Code of medical and sanitary regulations for the guidance of medical officers serving in the Madras Presidency - Volume I
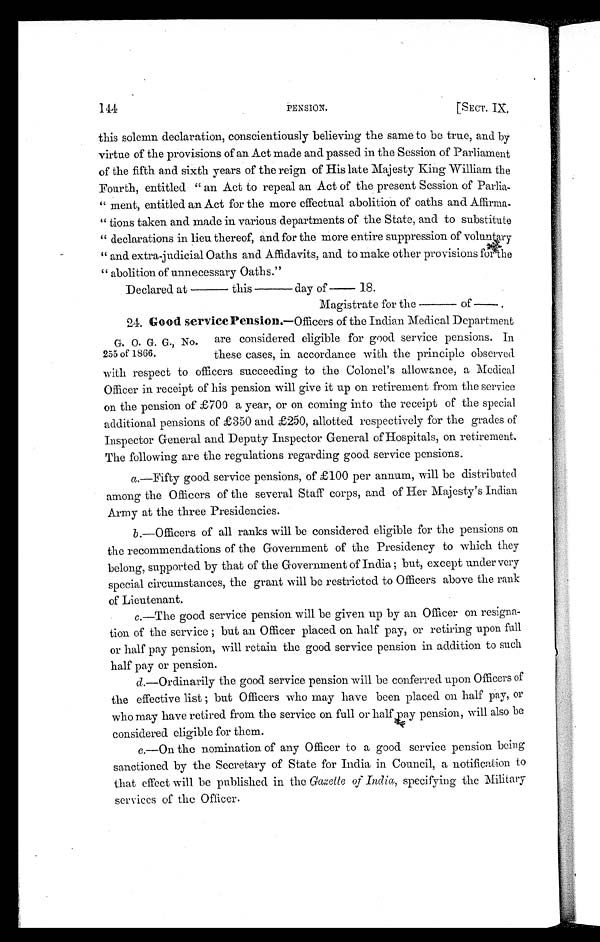
144
PE
NS
I O N .
[ S E C T . I X .
this solemn declaration, conscientiously believing the same to be true, and by
virtue of the provisions of an Act made and passed in the Session of Parliament
of the fifth and sixth years of the reign of His late Majesty King William the
Fourth, entitled " an Act to repeal an Act of the present Session of Parlia-
" ment, entitled an Act for the more effectual abolition of oaths and Affirma-
" tions taken and made in various departments of the State, and to substitute
" declarations in lieu thereof, and for the more entire suppression of voluntary
" and extra-judicial Oaths and Affidavits, and to make other provisions for
the
" abolition of unnecessary Oaths."
Declared at—this—day of—18.
Magistrate for the—of—
G. O. G. G., No.
255 of 1866.
24. Good service Pension. —Officers of the Indian Medical Department
are considered eligible for good service pensions. In
these cases, in accordance with the principle observed
with respect to officers succeeding to the Colonel's allowance, a Medical
Officer in receipt of his pension will give it up on retirement from the service
on the pension of £700 a year, or on coming into the receipt of the special
additional pensions of £350 and £250, allotted respectively for the grades of
Inspector General and Deputy Inspector General of Hospitals, on retirement,
The following are the regulations regarding good service pensions.
a.—Fifty good service pensions, of £100 per annum, will be distributed
among the Officers of the several Staff corps, and of Her Majesty's Indian
Army at the three Presidencies.
b.—Officers of all ranks will be considered eligible for the pensions on
the recommendations of the Government of the Presidency to which they
belong, supported by that of the Government of India ; but, except under very
special circumstances, the grant will be restricted to Officers above the rank
of Lieutenant.
c.—The good service pension will be given up by an Officer on resigna-
tion of the service ; but an Officer placed on half pay, or retiring upon full
or half pay pension, will retain the good service pension in addition to such
half pay or pension.
d.—Ordinarily the good service pension will be conferred upon Officers of
the effective list ; but Officers who may have been placed on half pay, or
who may have retired from the service on full or half pay pension, will also be
considered eligible for them.
e.—On the nomination of any Officer to a good service pension being
sanctioned by the Secretary of State for India in Council, a notification to
that effect will be published in the Gazette of India, specifying the Military
services of the Officer.